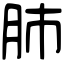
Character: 肺